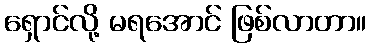
ရှောင်လို့ မရအောင် ဖြစ်လာတာ။